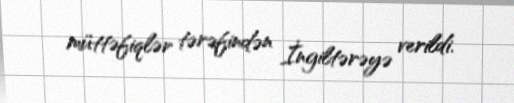
müttəfiqlər tərəfindən İngiltərəyə verildi.